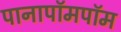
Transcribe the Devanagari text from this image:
पानापॉमपॉम